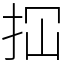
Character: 𢫏